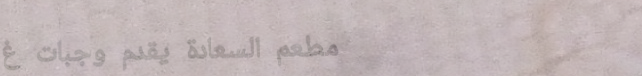
مطعم السعادة يقدم وجبات غ